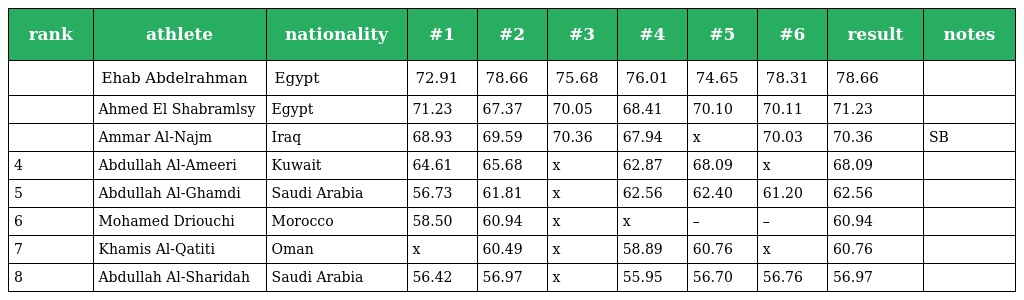
| rank | athlete | nationality | #1 | #2 | #3 | #4 | #5 | #6 | result | notes |
 | --- | --- | --- | --- | --- | --- | --- | --- | --- | --- | --- |
 |  | Ehab Abdelrahman | Egypt | 72.91 | 78.66 | 75.68 | 76.01 | 74.65 | 78.31 | 78.66 |  |
 |  | Ahmed El Shabramlsy | Egypt | 71.23 | 67.37 | 70.05 | 68.41 | 70.10 | 70.11 | 71.23 |  |
 |  | Ammar Al-Najm | Iraq | 68.93 | 69.59 | 70.36 | 67.94 | x | 70.03 | 70.36 | SB |
 | 4 | Abdullah Al-Ameeri | Kuwait | 64.61 | 65.68 | x | 62.87 | 68.09 | x | 68.09 |  |
 | 5 | Abdullah Al-Ghamdi | Saudi Arabia | 56.73 | 61.81 | x | 62.56 | 62.40 | 61.20 | 62.56 |  |
 | 6 | Mohamed Driouchi | Morocco | 58.50 | 60.94 | x | x | – | – | 60.94 |  |
 | 7 | Khamis Al-Qatiti | Oman | x | 60.49 | x | 58.89 | 60.76 | x | 60.76 |  |
 | 8 | Abdullah Al-Sharidah | Saudi Arabia | 56.42 | 56.97 | x | 55.95 | 56.70 | 56.76 | 56.97 |  |